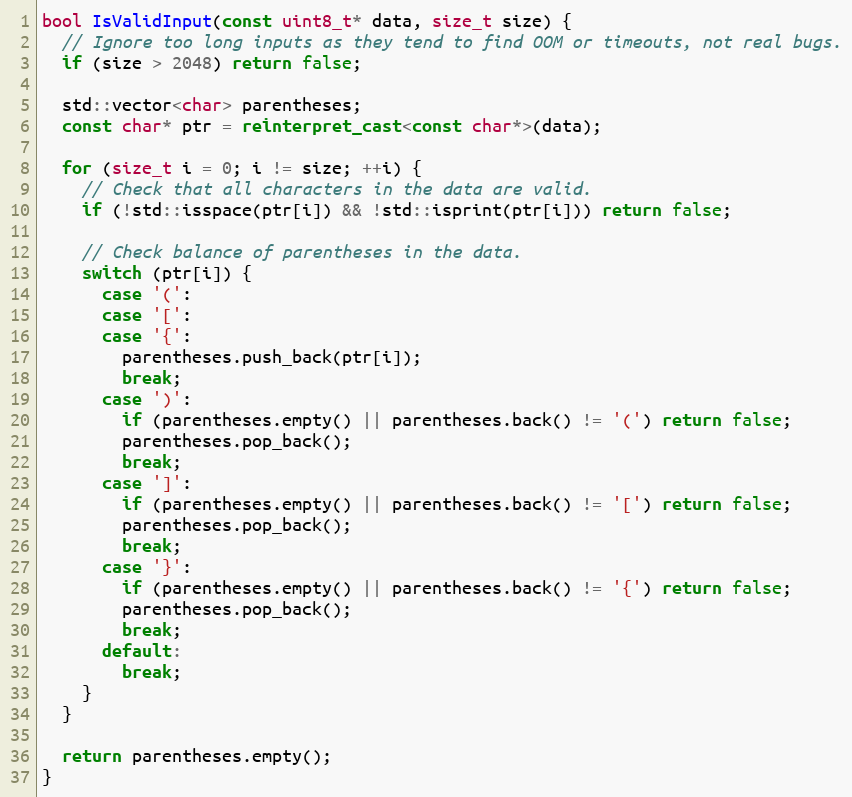
Language: C++
bool IsValidInput(const uint8_t* data, size_t size) {
  // Ignore too long inputs as they tend to find OOM or timeouts, not real bugs.
  if (size > 2048) return false;

  std::vector<char> parentheses;
  const char* ptr = reinterpret_cast<const char*>(data);

  for (size_t i = 0; i != size; ++i) {
    // Check that all characters in the data are valid.
    if (!std::isspace(ptr[i]) && !std::isprint(ptr[i])) return false;

    // Check balance of parentheses in the data.
    switch (ptr[i]) {
      case '(':
      case '[':
      case '{':
        parentheses.push_back(ptr[i]);
        break;
      case ')':
        if (parentheses.empty() || parentheses.back() != '(') return false;
        parentheses.pop_back();
        break;
      case ']':
        if (parentheses.empty() || parentheses.back() != '[') return false;
        parentheses.pop_back();
        break;
      case '}':
        if (parentheses.empty() || parentheses.back() != '{') return false;
        parentheses.pop_back();
        break;
      default:
        break;
    }
  }

  return parentheses.empty();
}